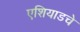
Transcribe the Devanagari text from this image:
एशियाडचे